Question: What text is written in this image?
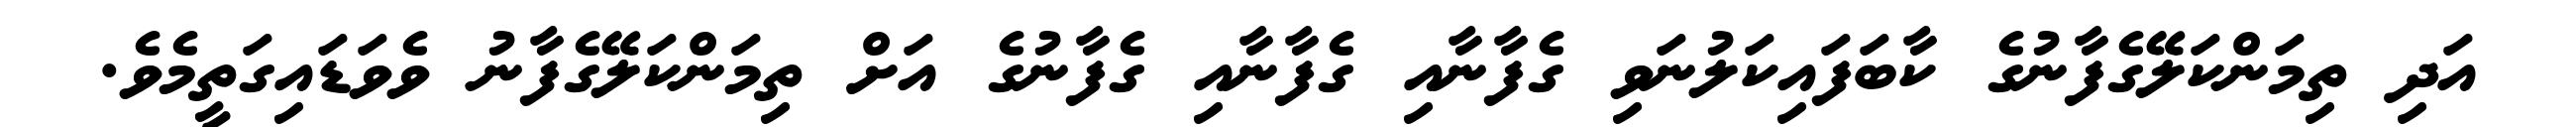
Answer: އަދި ތިމަންކަލޭގެފާނުގެ ކާބަފައިކަލުނަވި ގެފާނާއި ގެފާނާއި ގެފާނުގެ އަށް ތިމަންކަލޭގެފާނު ވެވަޑައިގަތީމެވެ.